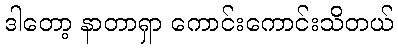
ဒါတော့ နာတာရှာ ကောင်းကောင်းသိတယ်